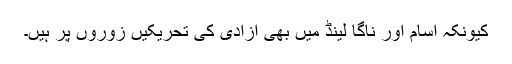
کیونکہ آسام اور ناگا لینڈ میں بھی آزادی کی تحریکیں زوروں پر ہیں۔